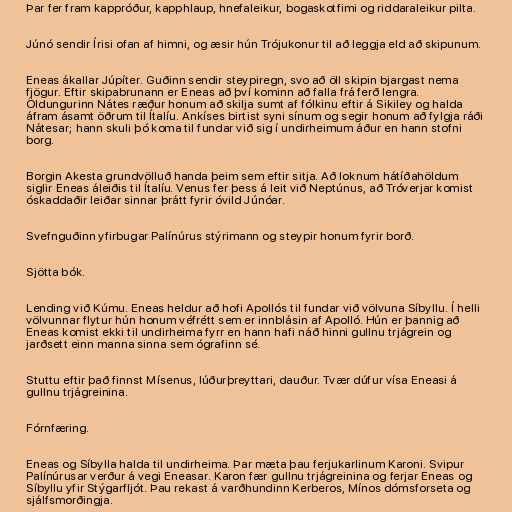
Þar fer fram kappróður, kapphlaup, hnefaleikur, bogaskotfimi og riddaraleikur pilta.

Júnó sendir Írisi ofan af himni, og æsir hún Trójukonur til að leggja eld að skipunum.

Eneas ákallar Júpíter. Guðinn sendir steypiregn, svo að öll skipin bjargast nema
fjögur. Eftir skipabrunann er Eneas að því kominn að falla frá ferð lengra.
Öldungurinn Nátes ræður honum að skilja sumt af fólkinu eftir á Sikiley og halda
áfram ásamt öðrum til Ítalíu. Ankíses birtist syni sínum og segir honum að fylgja ráði
Nátesar; hann skuli þó koma til fundar við sig í undirheimum áður en hann stofni
borg.

Borgin Akesta grundvölluð handa þeim sem eftir sitja. Að loknum hátíðahöldum
siglir Eneas áleiðis til Ítalíu. Venus fer þess á leit við Neptúnus, að Tróverjar komist
óskaddaðir leiðar sinnar þrátt fyrir óvild Júnóar.

Svefnguðinn yfirbugar Palínúrus stýrimann og steypir honum fyrir borð.

Sjötta bók.

Lending við Kúmu. Eneas heldur að hofi Apollós til fundar við völvuna Síbyllu. Í helli
völvunnar flytur hún honum véfrétt sem er innblásin af Apolló. Hún er þannig að
Eneas komist ekki til undirheima fyrr en hann hafi náð hinni gullnu trjágrein og
jarðsett einn manna sinna sem ógrafinn sé.

Stuttu eftir það finnst Mísenus, lúðurþreyttari, dauður. Tvær dúfur vísa Eneasi á
gullnu trjágreinina.

Fórnfæring.

Eneas og Síbylla halda til undirheima. Þar mæta þau ferjukarlinum Karoni. Svipur
Palínúrusar verður á vegi Eneasar. Karon fær gullnu trjágreinina og ferjar Eneas og
Síbyllu yfir Stýgarfljót. Þau rekast á varðhundinn Kerberos, Mínos dómsforseta og
sjálfsmorðingja.